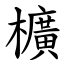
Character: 櫎